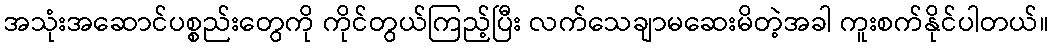
အသုံးအဆောင်ပစ္စည်းတွေကို ကိုင်တွယ်ကြည့်ပြီး လက်သေချာမဆေးမိတဲ့အခါ ကူးစက်နိုင်ပါတယ်။